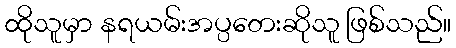
ထိုသူမှာ နရယမ်းအပ္ပတေးဆိုသူ ဖြစ်သည်။